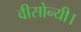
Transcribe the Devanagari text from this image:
वीसोन्यी।